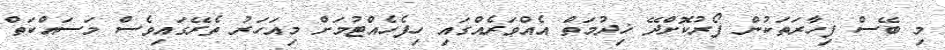
މި ބޭސް ފިހާރަތަކުން ފޯރުކޮށްދޭ ޚިދުމަތް އެއްވަރެއްގައި ހިފެހެއްޓުމަށް މިއަހަރު ތެރޭގައިވެސް މަސައްކަތް